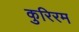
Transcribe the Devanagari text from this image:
कुरिरम